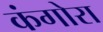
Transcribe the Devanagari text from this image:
कंगोरा